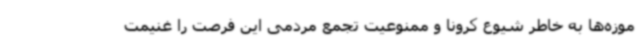
موزه‌ها به خاطر شیوع کرونا و ممنوعیت تجمع مردمی این فرصت را غنیمت